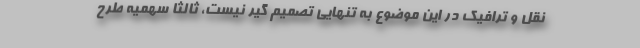
نقل و ترافیک در این موضوع به تنهایی تصمیم گیر نیست، ثالثا سهمیه طرح